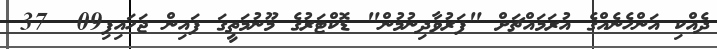
ދެއްކި އަންހެނެއްގެ އުރަމައްޗަށް "ފަރުވާދިނުމުން" ޑޮކްޓަރުގެ މޫނުމަތީގަ ފައިން ޖަހައިފި09  37